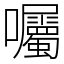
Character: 囑